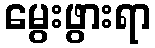
မွေးဖွားရာ